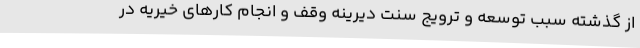
از گذشته سبب توسعه و ترویج سنت دیرینه وقف و انجام کارهای خیریه در